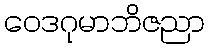
ဝေဒဂုမာဘိဇညာ